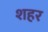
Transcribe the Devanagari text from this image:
श्‍ाहर